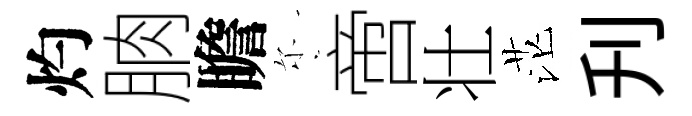
灼朒瞻尓啻壮茫刋